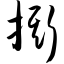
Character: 撕